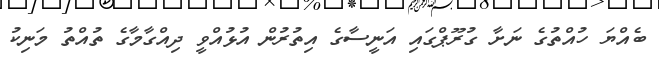
ބެއްޔަ ހުއްތުގެ ނަށާ ގުރޫޕްގައި އަނީސާގެ އިތުރުން އުޅުއްވީ ދިއްގާމާގެ ތުއްތު މަނިކު